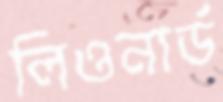
লিওনার্ড